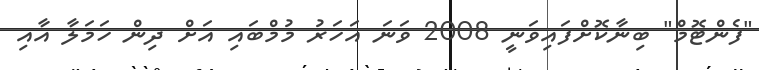
"ފެންޓޮމް" ބިނާކޮށްފައިވަނީ 2008 ވަނަ އަހަރު މުމްބައި އަށް ދިން ހަމަލާ އާއި